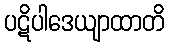
ပဋိပါဒေယျာထာတိ